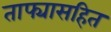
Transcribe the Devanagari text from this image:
ताफ्यासहित